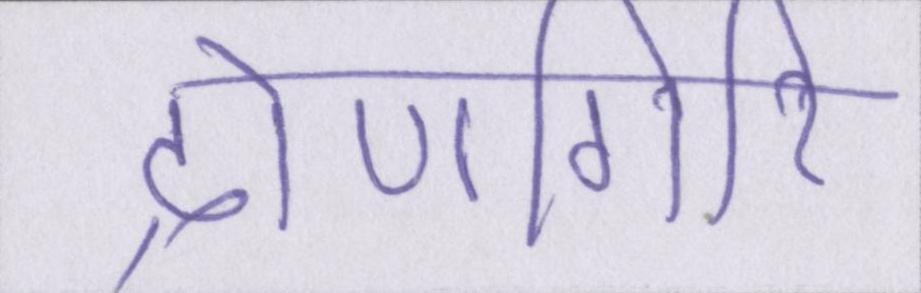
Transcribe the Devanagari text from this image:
द्रोणगिरि